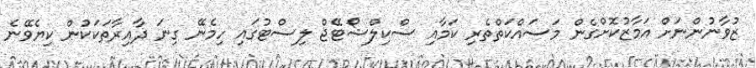
ޒުވާނުންނަށް އަމާޒުކޮށްގެން މަސައްކަތްތެރި ކަމާއި ސްކިލްޝޯޓޭޖް ލިސްޓުގައި ހިމެނޭ ގިނަ ދާއިރާތަކަކުން ކިޔެވޭނެ